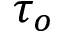
\tau _ { o }